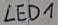
Text: LED1